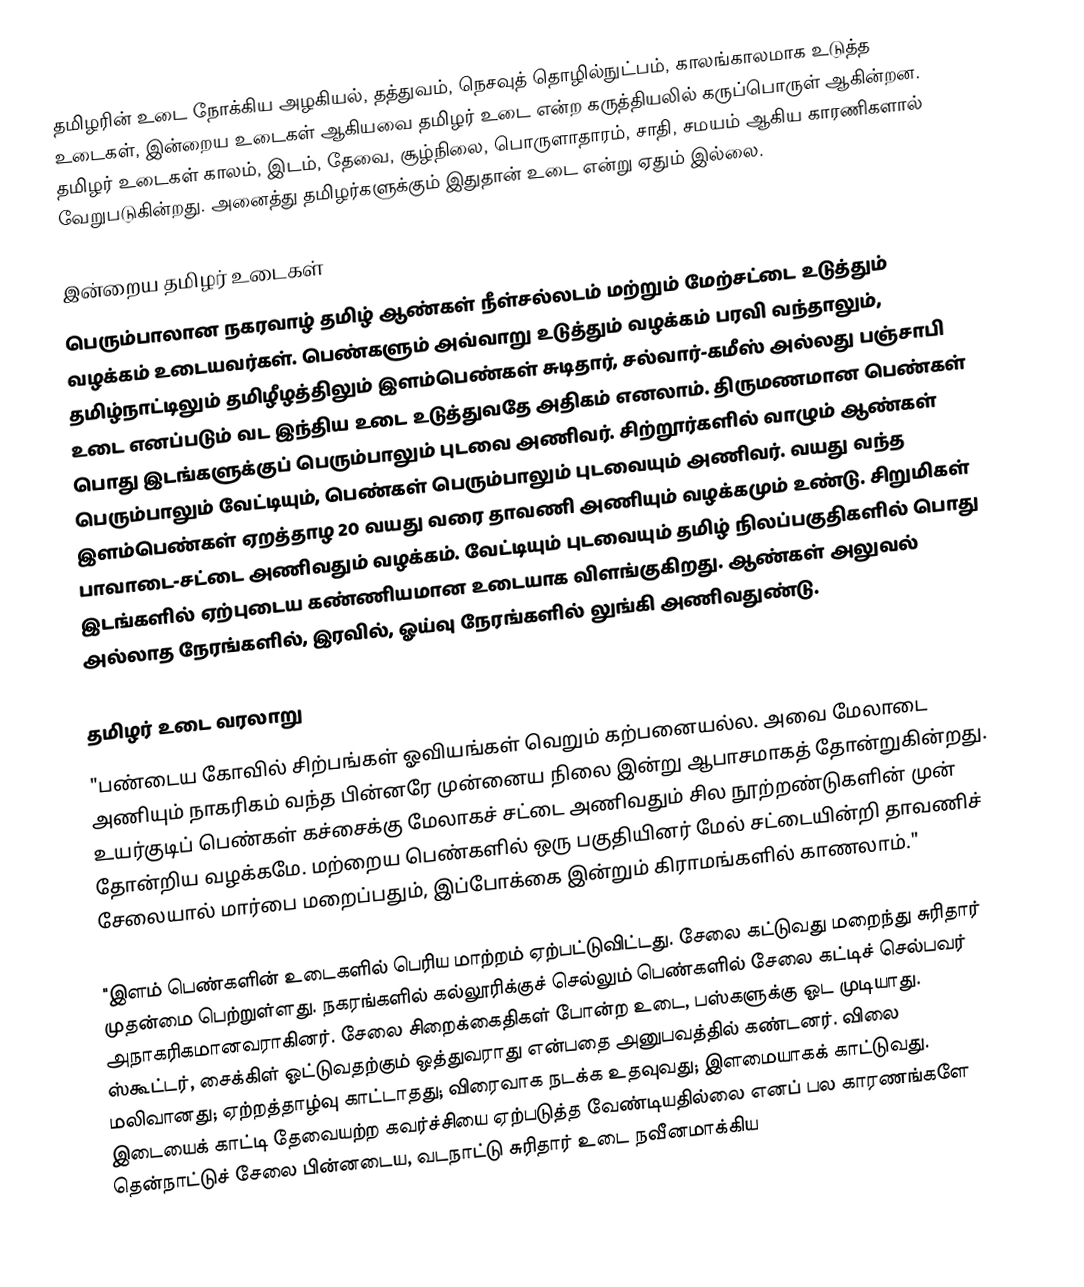
தமிழரின் உடை நோக்கிய அழகியல், தத்துவம், நெசவுத் தொழில்நுட்பம், காலங்காலமாக உடுத்த உடைகள், இன்றைய உடைகள் ஆகியவை தமிழர் உடை என்ற கருத்தியலில் கருப்பொருள் ஆகின்றன.  தமிழர் உடைகள் காலம், இடம், தேவை, சூழ்நிலை, பொருளாதாரம், சாதி, சமயம் ஆகிய காரணிகளால் வேறுபடுகின்றது.  அனைத்து தமிழர்களுக்கும் இதுதான் உடை என்று ஏதும் இல்லை.

இன்றைய தமிழர் உடைகள்
பெரும்பாலான நகரவாழ் தமிழ் ஆண்கள் நீள்சல்லடம் மற்றும் மேற்சட்டை உடுத்தும் வழக்கம் உடையவர்கள். பெண்களும் அவ்வாறு உடுத்தும் வழக்கம் பரவி வந்தாலும், தமிழ்நாட்டிலும் தமிழீழத்திலும் இளம்பெண்கள் சுடிதார், சல்வார்-கமீஸ் அல்லது பஞ்சாபி உடை எனப்படும் வட இந்திய உடை உடுத்துவதே அதிகம் எனலாம். திருமணமான பெண்கள் பொது இடங்களுக்குப் பெரும்பாலும் புடவை அணிவர். சிற்றூர்களில் வாழும் ஆண்கள் பெரும்பாலும் வேட்டியும், பெண்கள் பெரும்பாலும் புடவையும் அணிவர். வயது வந்த இளம்பெண்கள் ஏறத்தாழ 20 வயது வரை தாவணி அணியும் வழக்கமும் உண்டு. சிறுமிகள் பாவாடை-சட்டை அணிவதும் வழக்கம். வேட்டியும் புடவையும் தமிழ் நிலப்பகுதிகளில் பொது இடங்களில் ஏற்புடைய கண்ணியமான உடையாக விளங்குகிறது. ஆண்கள் அலுவல் அல்லாத நேரங்களில், இரவில், ஓய்வு நேரங்களில் லுங்கி அணிவதுண்டு.

தமிழர் உடை வரலாறு
"பண்டைய கோவில் சிற்பங்கள் ஓவியங்கள் வெறும் கற்பனையல்ல.  அவை மேலாடை அணியும் நாகரிகம் வந்த பின்னரே முன்னைய நிலை இன்று ஆபாசமாகத் தோன்றுகின்றது.  உயர்குடிப் பெண்கள் கச்சைக்கு மேலாகச் சட்டை அணிவதும் சில நூற்றண்டுகளின் முன் தோன்றிய வழக்கமே.  மற்றைய பெண்களில் ஒரு பகுதியினர் மேல் சட்டையின்றி தாவணிச் சேலையால் மார்பை மறைப்பதும்,  இப்போக்கை இன்றும் கிராமங்களில் காணலாம்."

"இளம் பெண்களின் உடைகளில் பெரிய மாற்றம் ஏற்பட்டுவிட்டது.  சேலை கட்டுவது மறைந்து சுரிதார் முதன்மை பெற்றுள்ளது.  நகரங்களில் கல்லூரிக்குச் செல்லும் பெண்களில் சேலை கட்டிச் செல்பவர் அநாகரிகமானவராகினர்.  சேலை சிறைக்கைதிகள் போன்ற உடை, பஸ்களுக்கு ஓட முடியாது.  ஸ்கூட்டர், சைக்கிள் ஓட்டுவதற்கும் ஒத்துவராது என்பதை அனுபவத்தில் கண்டனர்.  விலை மலிவானது; ஏற்றத்தாழ்வு காட்டாதது; விரைவாக நடக்க உதவுவது; இளமையாகக் காட்டுவது.  இடையைக் காட்டி தேவையற்ற கவர்ச்சியை ஏற்படுத்த வேண்டியதில்லை எனப் பல காரணங்களே தென்நாட்டுச் சேலை பின்னடைய, வடநாட்டு சுரிதார் உடை நவீனமாக்கிய